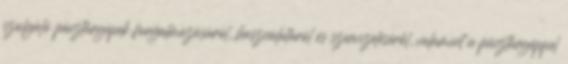
szolgáló pénztárgépek forgalmazásáról, használatáról és szervizeléséről, valamint a pénztárgéppel